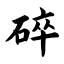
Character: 碎